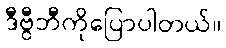
ဒီဗွီဘီကိုပြောပါတယ်။